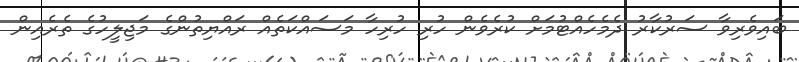
ބައިވެރިވާ ސަރުކާރު ދެމެހެއްޓުމަށް ކުރެވެން ހުރި ހުރިހާ މަސައްކަތެއް ރައްޔިތުންގެ މަޖިލީހުގެ ތެރެއިން